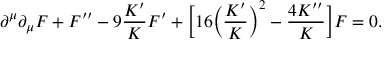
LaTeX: \partial ^ { \mu } \partial _ { \mu } F + F ^ { \prime \prime } - 9 \frac { K ^ { \prime } } { K } F ^ { \prime } + \bigg [ 1 6 \bigg ( \frac { K ^ { \prime } } { K } \bigg ) ^ { 2 } - \frac { 4 K ^ { \prime \prime } } { K } \bigg ] F = 0 .